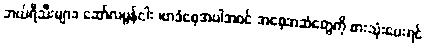
ဘယ်ရီသီးများ၊ ဆော်လမွန်ငါး ၊ဗာဒံစေ့အပါအဝင် အစေ့အဆံတွေကို စားသုံးပေးရင်